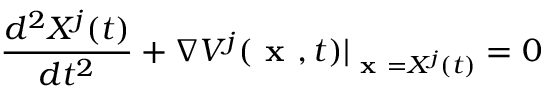
\frac { d ^ { 2 } X ^ { j } ( t ) } { d t ^ { 2 } } + \nabla V ^ { j } ( \textbf { x } , t ) \vert _ { \textbf { x } = X ^ { j } ( t ) } = 0